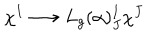
\chi ^ { I } \longrightarrow L _ { g } ( \alpha ) _ { J } ^ { I } \chi ^ { J }